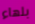
بلهاء